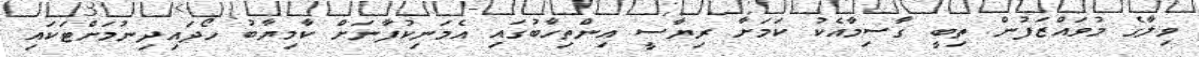
ވިލާގެ މުވައްޒަފުން ތިބީ ގާސިމާއެކު ކަމަށާ ރިޔާސީ އިންތިހާބުގައި އެމަނިކުފާނަށް ކާމިޔާބު ހޯދައިދިނުމަށްޓަކައި